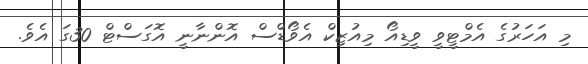
މި އަހަރުގެ އެމްޓީވީ ވީޑިއޯ މިއުޒިކް އެވޯޑްސް އޮންނާނީ އޮގަސްޓް 30ގަ އެވެ.